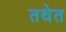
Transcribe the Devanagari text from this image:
तथेत